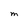
Character: M